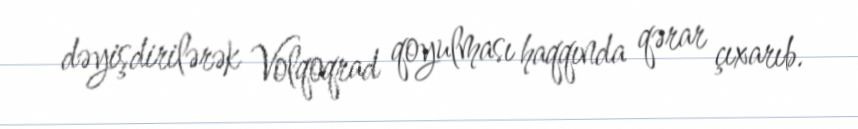
dəyişdirilərək Volqoqrad qoyulması haqqında qərar çıxarıb.